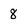
Character: 8